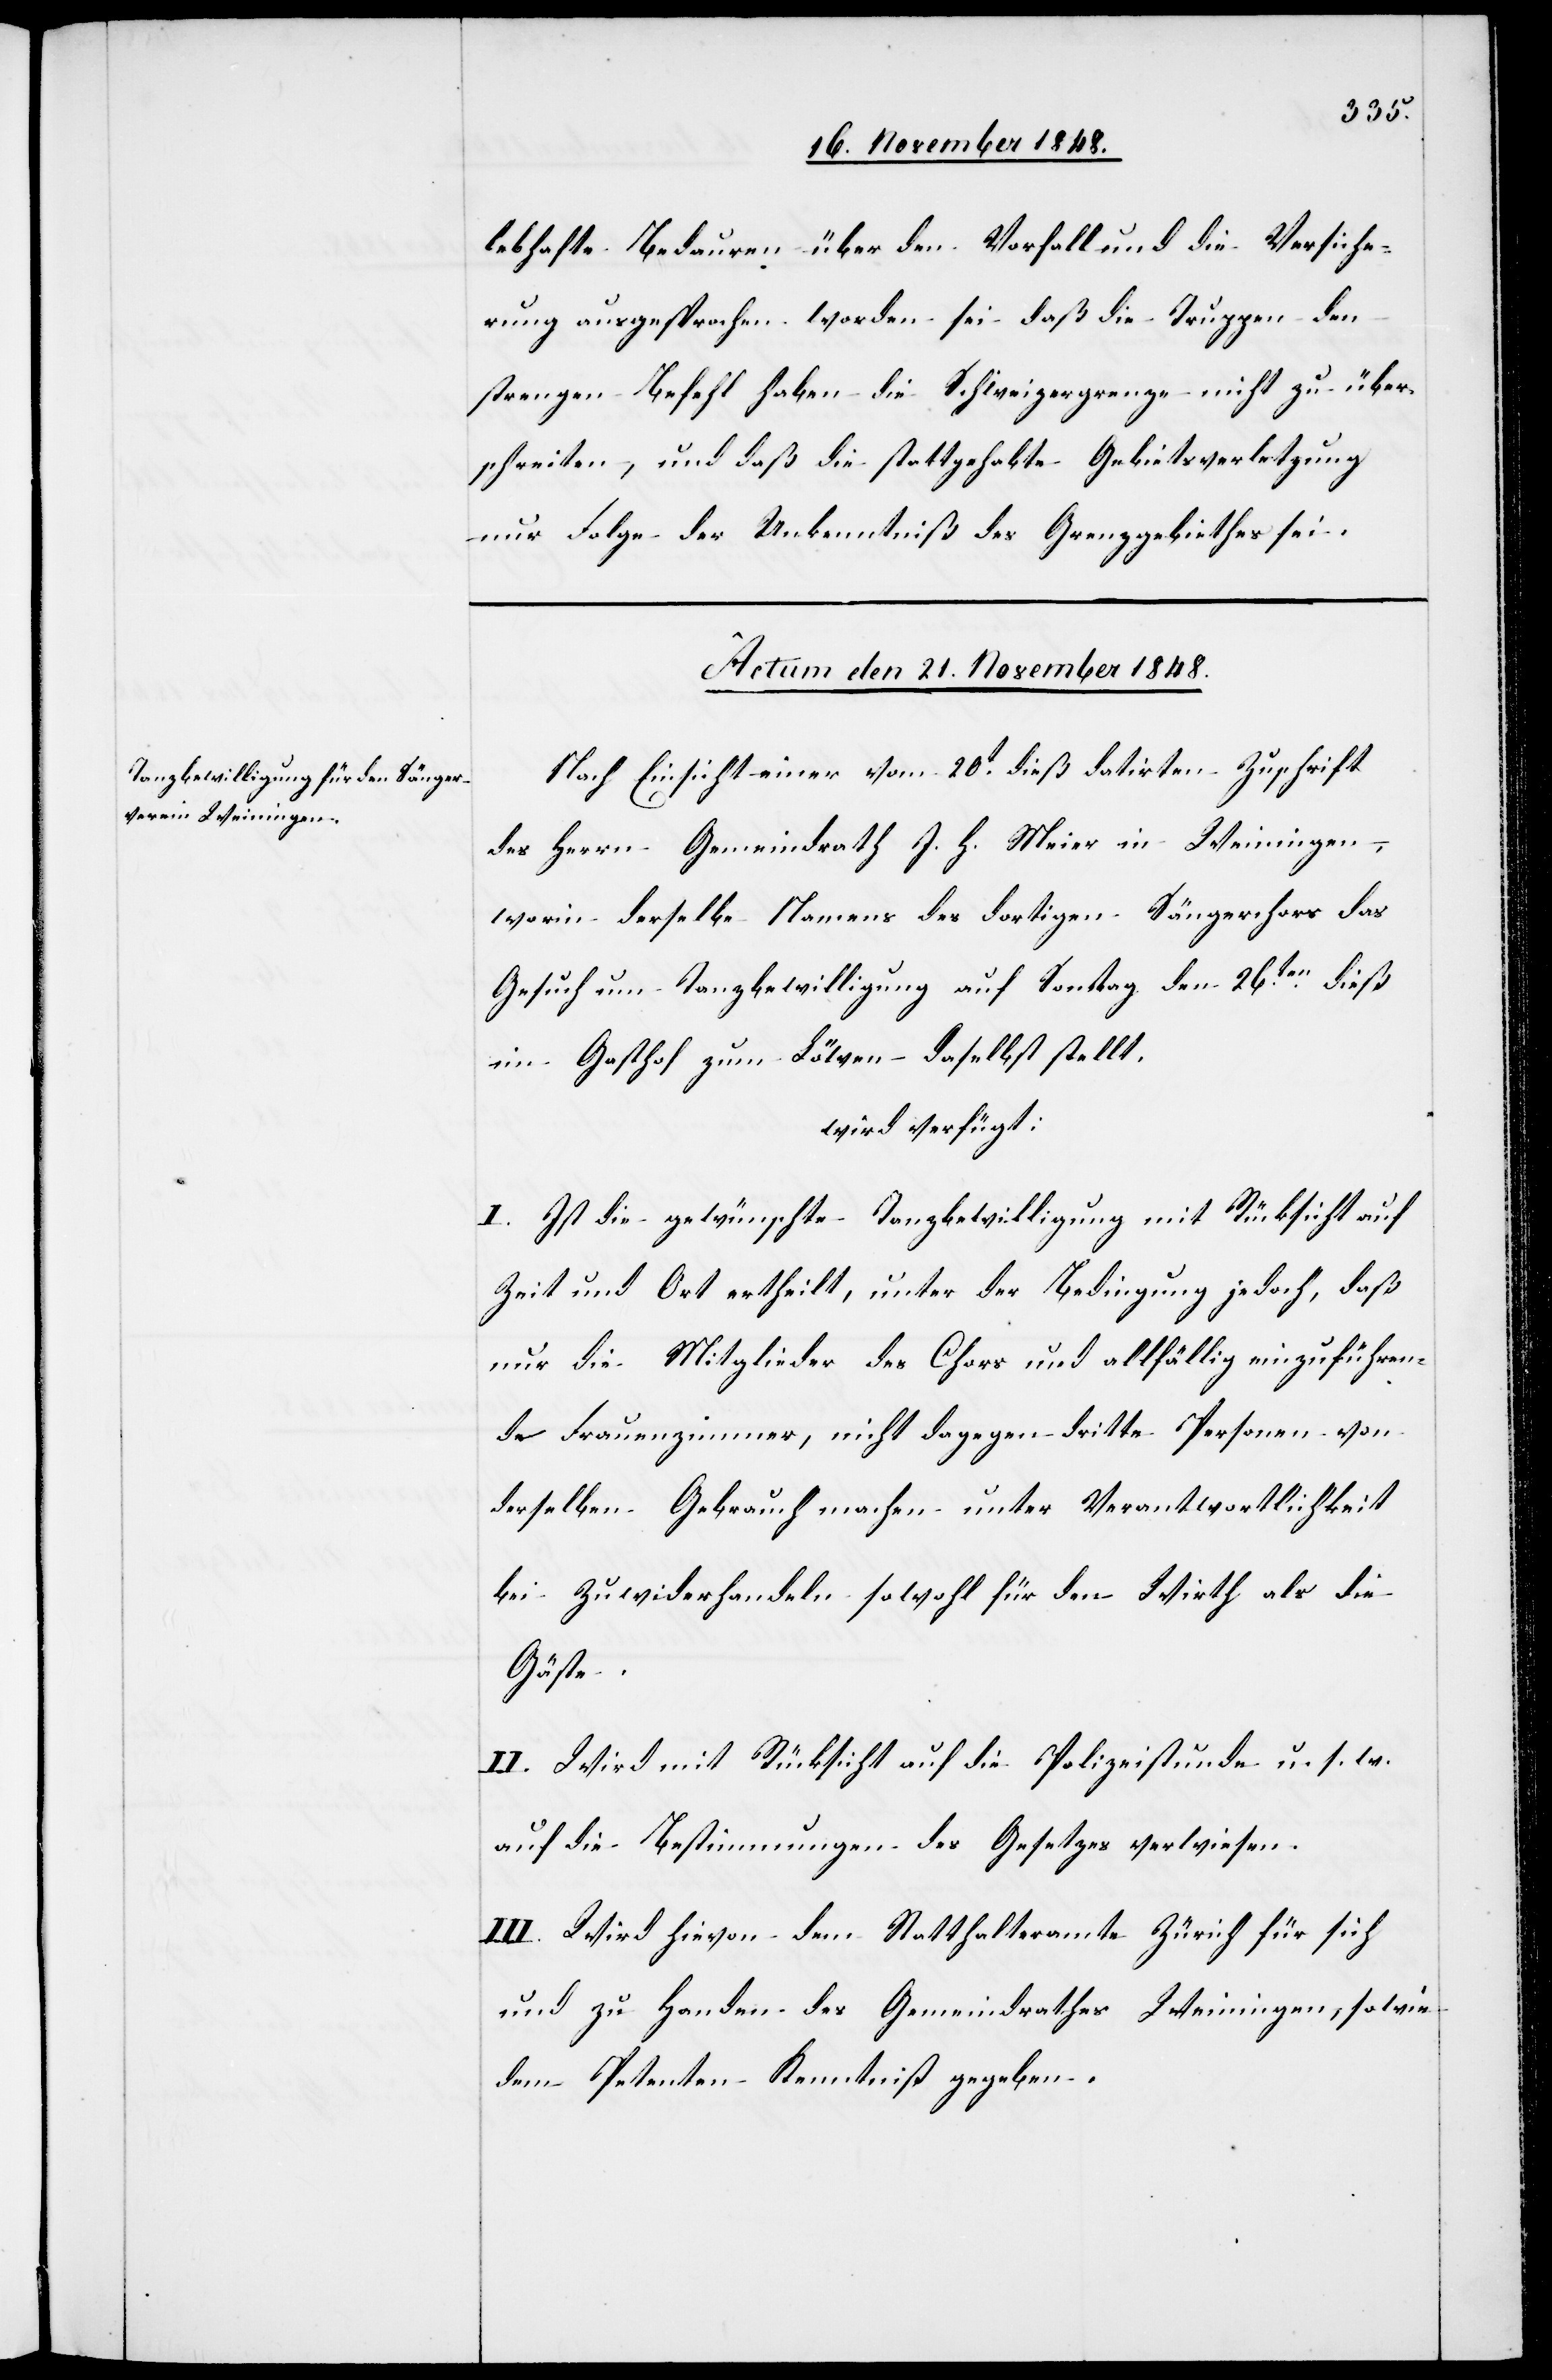
lebhafte Bedauren über den Vorfall und die Versiche¬
rung ausgesprochen worden sei daß die Truppen den
strengen Befehl haben die Schweizergrenze nicht zu über¬
schreiten, und daß die stattgehabte Gebietsverletzung
nur Folge der Unkenntniß des Grenzgebiethes sei.
Actum den 21. November 1848.
Nach Einsicht einer vom 20t dieß datirten Zuschrift
des Herrn Gemeindrath J. H. Meier in Weiningen,
worin derselbe Namens des dortigen Sängerchors das
Gesuch um Tanzbewilligung auf Sonntag den 26ten dieß
im Gasthof zum Löwen daselbst stellt.
wird verfügt:
I. Ist die gewünschte Tanzbewilligung mit Rücksicht auf
Zeit und Ort ertheilt, unter der Bedingung jedoch, daß
nur die Mitglieder des Chors und allfällig einzuführen¬
de Frauenzimmer, nicht dagegen dritte Personen von
derselben Gebrauch machen unter Verantwortlichkeit
bei Zuwiderhandeln sowohl für den Wirth als die
Gäste.
II. Wird mit Rücksicht auf die Polizeistunde u. s. w.
auf die Bestimmungen des Gesetzes verwiesen.
III. Wird hievon dem Statthalteramte Zürich für sich
und zu Handen des Gemeindrathes Weiningen, so wie
dem Petenten Kenntniß gegeben.